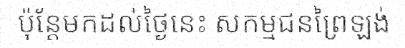
ប៉ុន្តែមកដល់ថ្ងៃនេះ សកម្មជនព្រៃឡង់